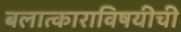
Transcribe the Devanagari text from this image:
बलात्काराविषयीची